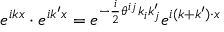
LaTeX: e ^ { i k x } \cdot e ^ { i k ^ { \prime } x } = e ^ { - { \frac { i } { 2 } } \theta ^ { i j } k _ { i } k _ { j } ^ { \prime } } e ^ { i ( k + k ^ { \prime } ) \cdot x }